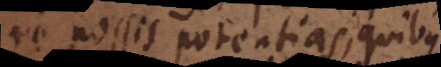
re possis potentias, quibus